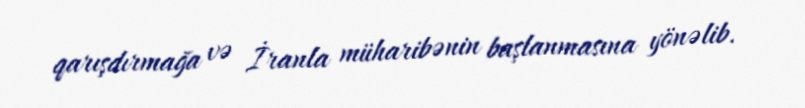
qarışdırmağa və İranla müharibənin başlanmasına yönəlib.